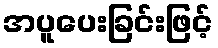
အပူပေးခြင်းဖြင့်